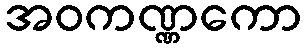
အဝကဏ္ဏကော